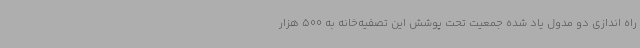
راه اندازی دو مدول یاد شده جمعیت تحت پوشش این تصفیه‌خانه به 500 هزار